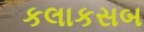
કલાકસબ